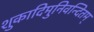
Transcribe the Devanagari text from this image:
शुकादिमुनिवन्दितम्